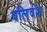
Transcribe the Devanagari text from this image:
बलिवंश